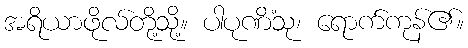
အရိယာဖိုလ်တို့သို့။ ပါပုဏိံသု၊ ရောက်ကုန်၏။